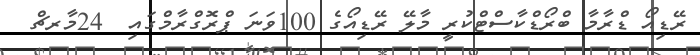
ރޭޑިއޯ ޑްރާމާ ބްރޯޑްކާސްޓްކުރީ މާލޭ ރޭޑިއޯގެ 100ވަނަ ޕްރޮގްރާމްގައި  24މާރޗް